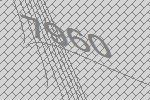
7960